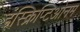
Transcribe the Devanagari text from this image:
इंस्क्रिप्टिओनम